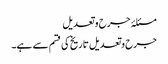
مسئلۂ جرح و تعدیل
جرح وتعدیل تاریخ کی قسم سے ہے۔